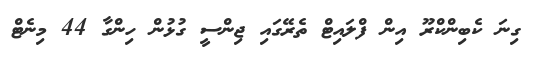
ގިނަ ކެބިންކްރޫ އިން ފްލައިޓް ތެރޭގައި ޖިންސީ ގުޅުން ހިންގާ 44 މިނެޓް